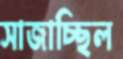
সাজাচ্ছিল